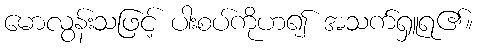
မောလွန်းသဖြင့် ပါးစပ်ကိုဟ၍ အသက်ရှူရ၏။